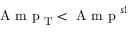
\mathrm { ~ A ~ m ~ p ~ } _ { \mathrm { T } } < \mathrm { ~ A ~ m ~ p ~ } ^ { s 1 }